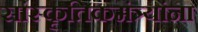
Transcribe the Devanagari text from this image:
सांस्कृतिकमंत्र्यांना